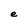
Character: e